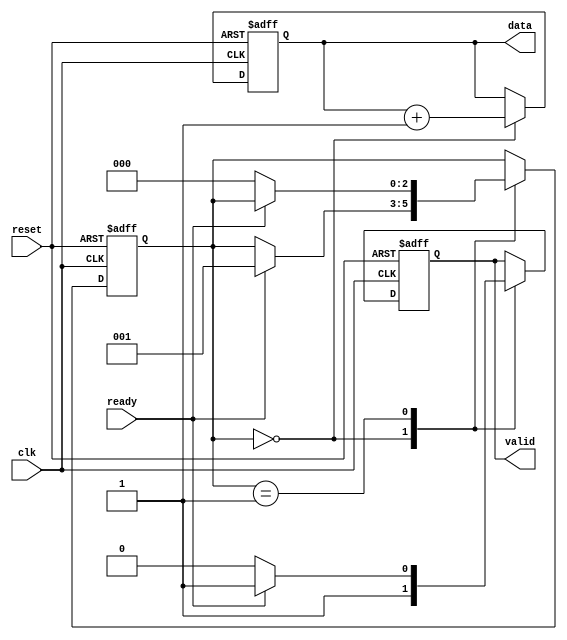
module producer (
    input wire clk,
    input wire reset,
    output reg valid,
    output reg [7:0] data,
    input wire ready
);
    // State management
    reg [2:0] state;
    localparam IDLE = 3'b000, SEND = 3'b001;

    always @(posedge clk or posedge reset) begin
        if (reset) begin
            valid <= 0;
            data <= 8'b0;
            state <= IDLE;
        end else begin
            case (state)
                IDLE: begin
                    // Produce new data
                    data <= data + 1; // Example data generation
                    valid <= 1; // Indicate data is valid
                    if (ready) begin
                        state <= SEND; // Move to SEND state if consumer is ready
                    end
                end
                SEND: begin
                    if (ready) begin
                        // Data sent, remain in SEND state
                        valid <= 1;
                    end else begin
                        valid <= 0; // Deassert valid if consumer is not ready
                        state <= IDLE; // Go back to IDLE state
                    end
                end
            endcase
        end
    end
endmodule